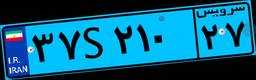
۳۷S۲۱۰۲۷